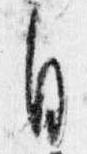
自